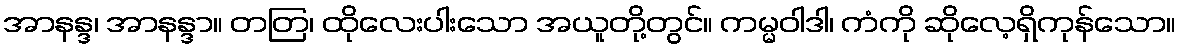
အာနန္ဒ၊ အာနန္ဒာ။ တတြ၊ ထိုလေးပါးသော အယူတို့တွင်။ ကမ္မဝါဒါ၊ ကံကို ဆိုလေ့ရှိကုန်သော။